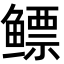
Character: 鳔